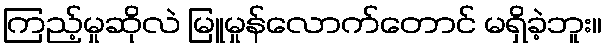
ကြည့်မှုဆိုလဲ မြူမှုန်လောက်တောင် မရှိခဲ့ဘူး။